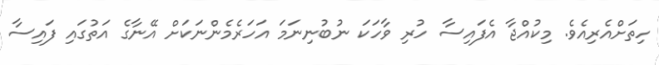
ހިތަށްއެރިއެވެ. މިކުއްޖާ އެފައިސާ ހުރި ވާހަކަ ނުބުނިނަމަ އަހަރެމެންނަކަށް އޭނާގެ އަތުގައި ފައިސާ